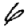
Digit: 6